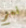
نعم